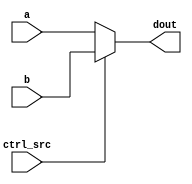
module mux#(parameter length = 32)(a, b, ctrl_src, dout);
    input [length-1:0] a; //
    input [length-1:0] b; //
    input ctrl_src; //aluSrcPcsRC
    output reg [length-1:0] dout;

    always @(*)
        begin
          dout <= (ctrl_src) ? b : a;
          //$display("mux a:%h b:%h ctrl_src:%h dout:%h",a, b, ctrl_src, dout);
        end

endmodule//mux